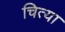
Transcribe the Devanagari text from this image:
चित्या